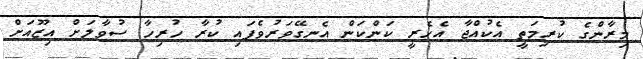
މިރާންގެ ކުރިމަތީ އެކުއްޖާ އެހެރީ ކަންކަން އެނގޭވަރުވެފައި ކުރާ ހުރިހާ ސުވާލަށް އިޒޫއަށް